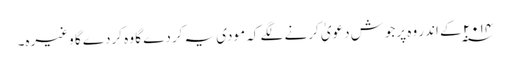
۲۰۱۴ ؁ کے اندر وہ پرجوش دعویٰ کرنے لگے کہ مودی یہ کردے گا وہ کردے گا وغیرہ۔